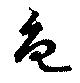
魚